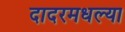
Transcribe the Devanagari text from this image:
दादरमधल्या